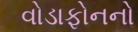
વોડાફોનનો